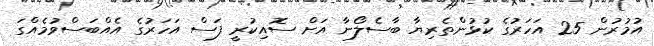
އުމުރުން 25 އަހަރުގެ ކުޅުންތެރިޔާ ބާސެލޯނާ އަށް ސޮއިކުރީ ފަސް އަހަރުގެ އެއްބަސްވުމެއްގަ